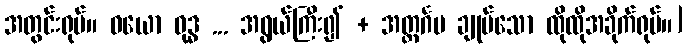
အတွင်းရုပ်။ ဝယော ဝုဒ္ဓ ... အရွယ်ကြီး၍ + အတ္ထင်္ဂမ ချုပ်သော ထိုထိုအခိုက်ရုပ်။]